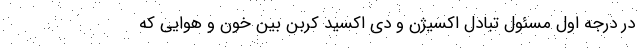
در درجه اول مسئول تبادل اکسیژن و دی اکسید کربن بین خون و هوایی که